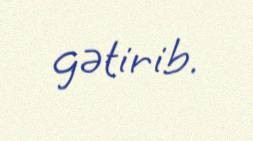
gətirib.